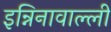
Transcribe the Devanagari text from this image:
इन्निनावाल्ली